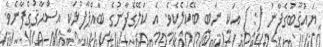
ޔައުޤޫބުގެފާނު (: ) އަކީ ނަބީ ބޭކަލެކެވެ. އެ ކަލޭގެފާނުގެ ބައްޕާފުޅަކީ އިސްޙާޤުގެފާނެވެ.